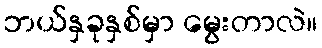
ဘယ်နှခုနှစ်မှာ မွေးတာလဲ။